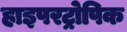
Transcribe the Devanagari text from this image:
हाइपरट्रोपिक